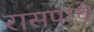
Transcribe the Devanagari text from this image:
रासपाचे